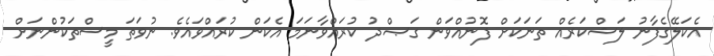
އެކަލޭގެފާނު ލަޝްކަރެއް ތަނަކަށް ފޮނުއްވަން ގަޞްދު ކުރައްވާނަމަ އެކަން ކުރައްވައެވެ. ނުވަތަ މީސްތަކުންނަށް